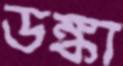
ডঙ্কা